talulepingud_et, lk 1
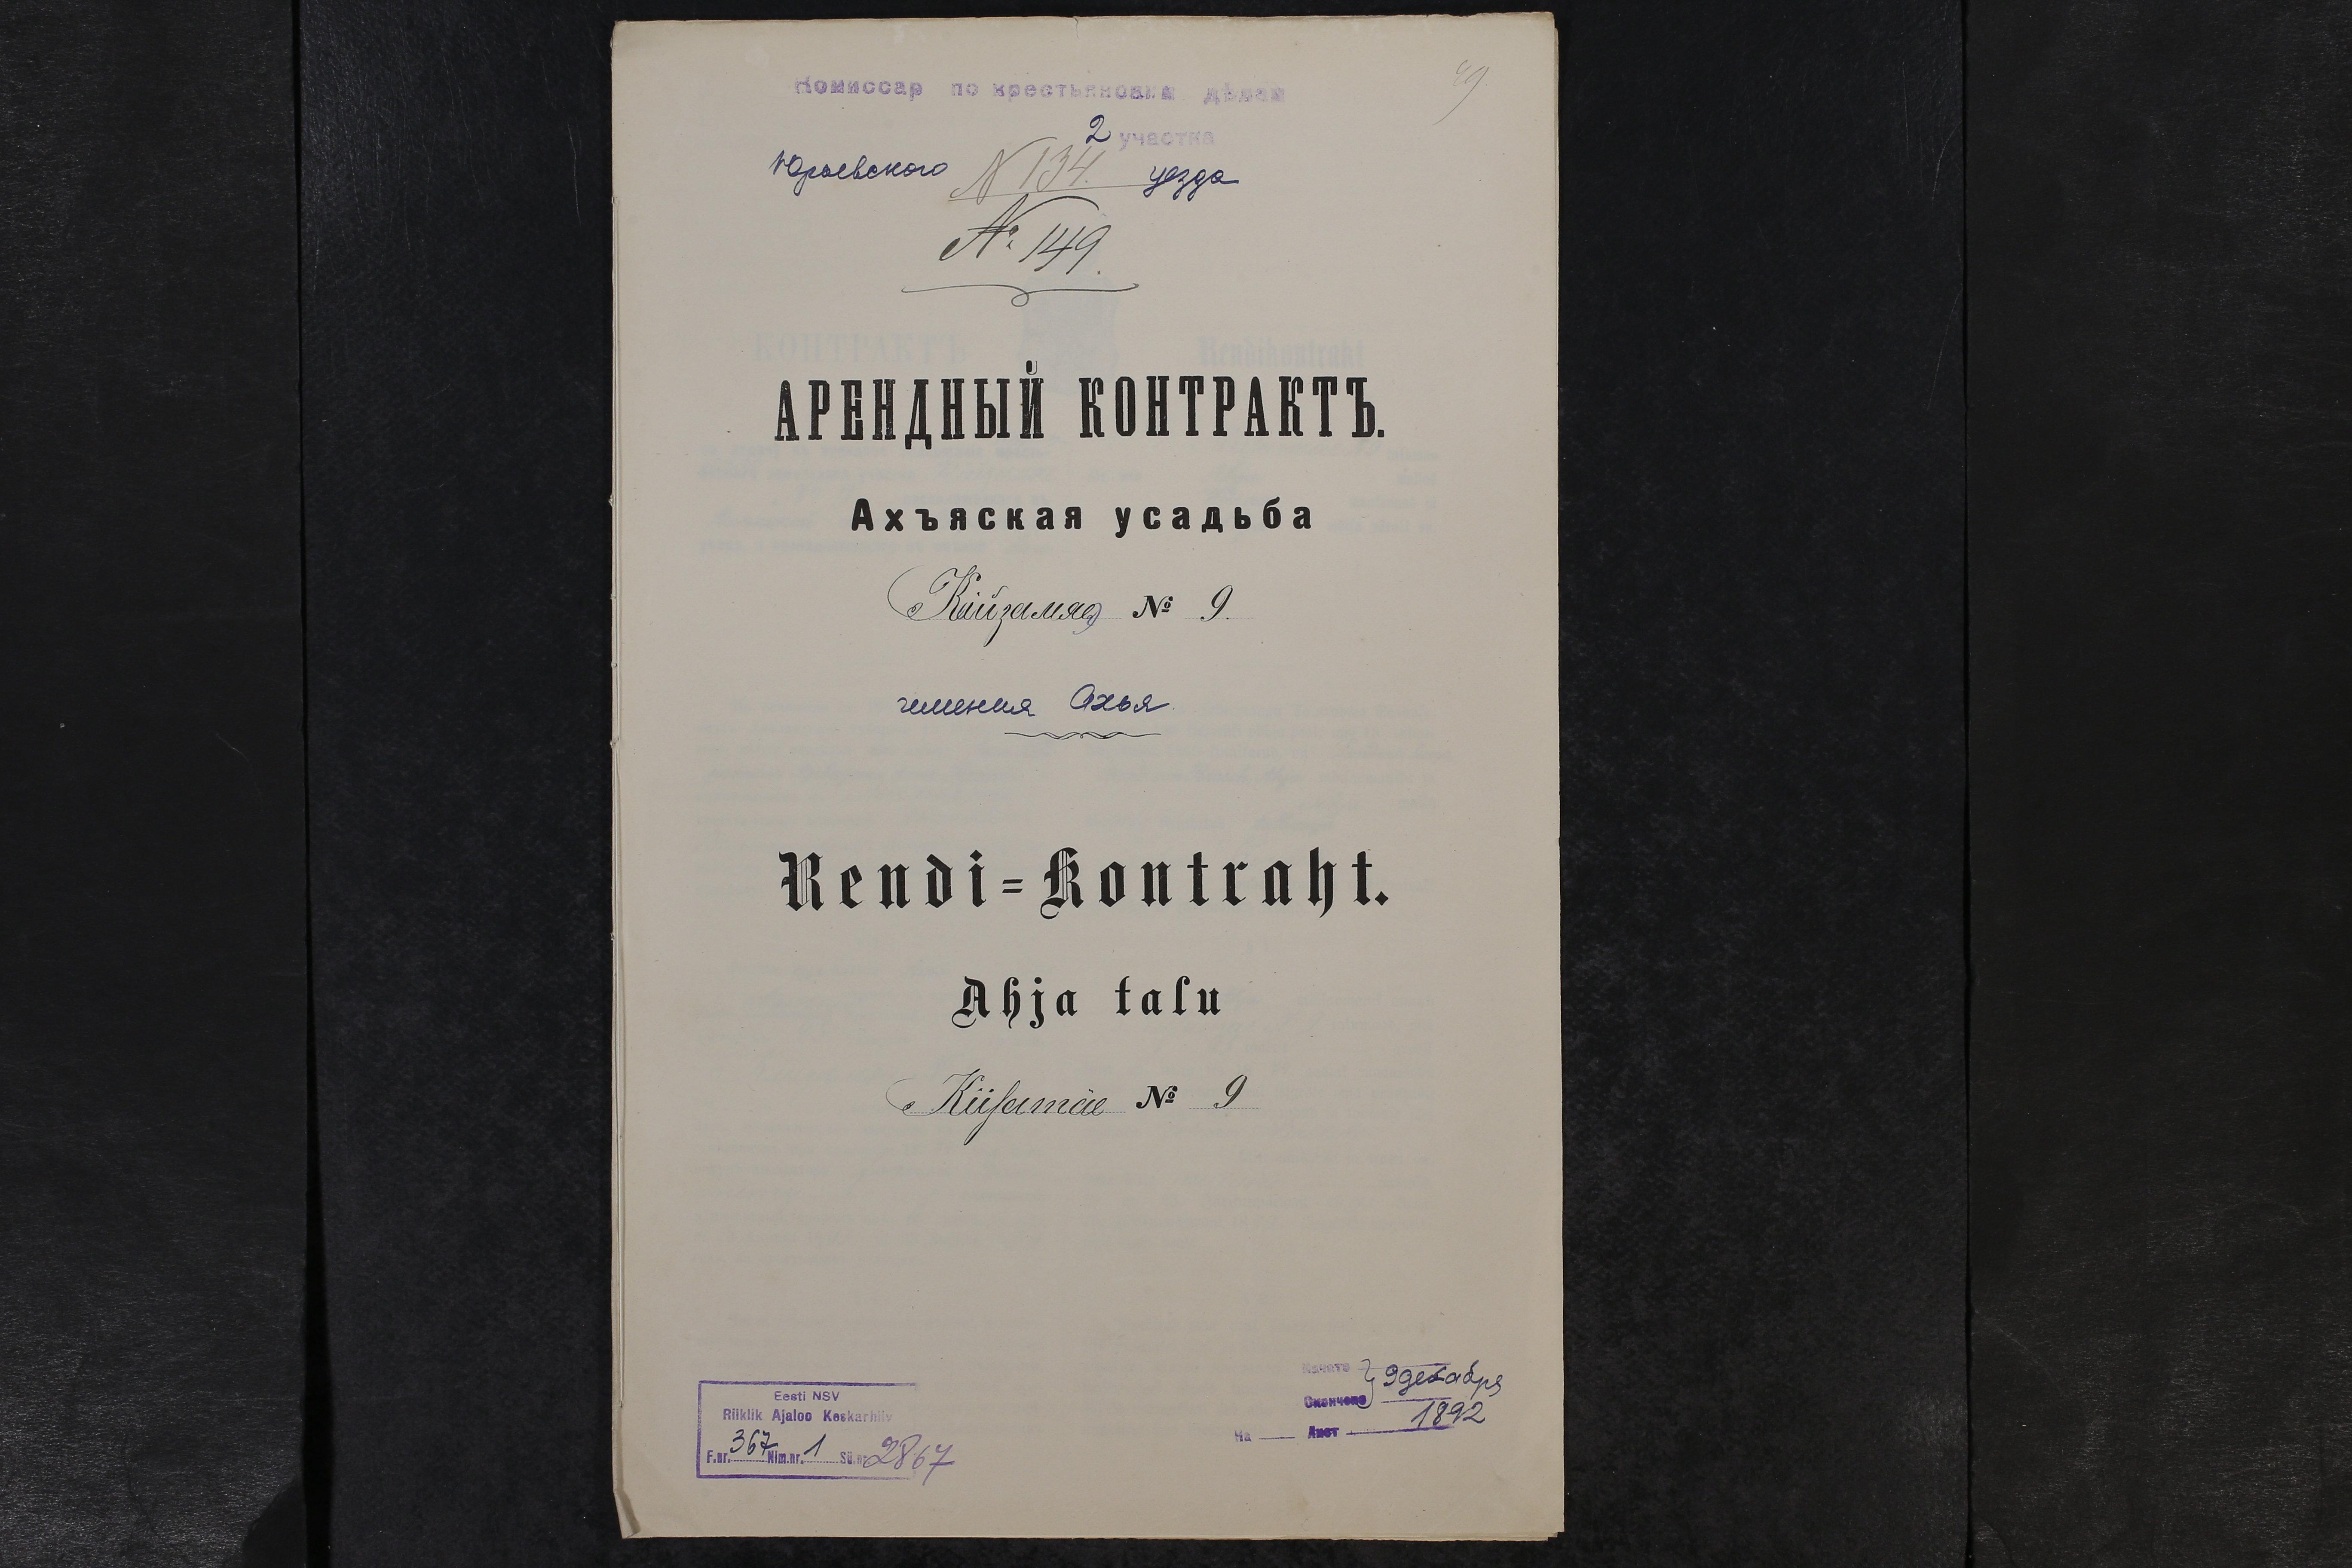
Rendi-Kontraht.
Ahja talu
Kiisamäe No 9

Eesti NSV
Riiklik Ajaloo Keskarhiiv
F.nr. 367 Nim.nr. 1 Sü.nr. 2867